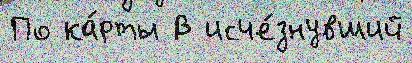
По ка́рты В исче́знувший